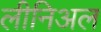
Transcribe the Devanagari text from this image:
लीनिअल